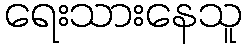
ရေးသားနေသူ